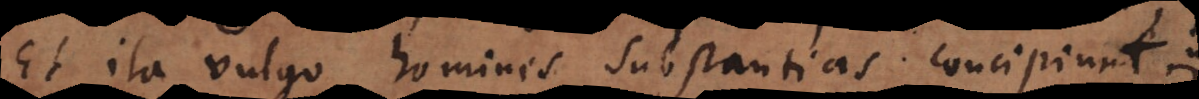
Et ita vulgo homines substantias concipiunt.